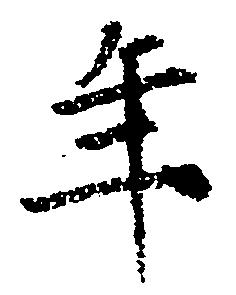
年